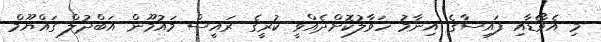
މި އެވޯޑާއި ފައިސާގެ އިނާމު ހަވާލުކޮށްދެއްވީ ކުރީގެ ރައީސް މައުމޫން އަބްދުލް ގައްޔޫމް